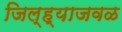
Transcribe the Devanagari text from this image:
जिल्ह्याजवळ